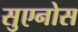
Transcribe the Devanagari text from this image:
सुएनोस